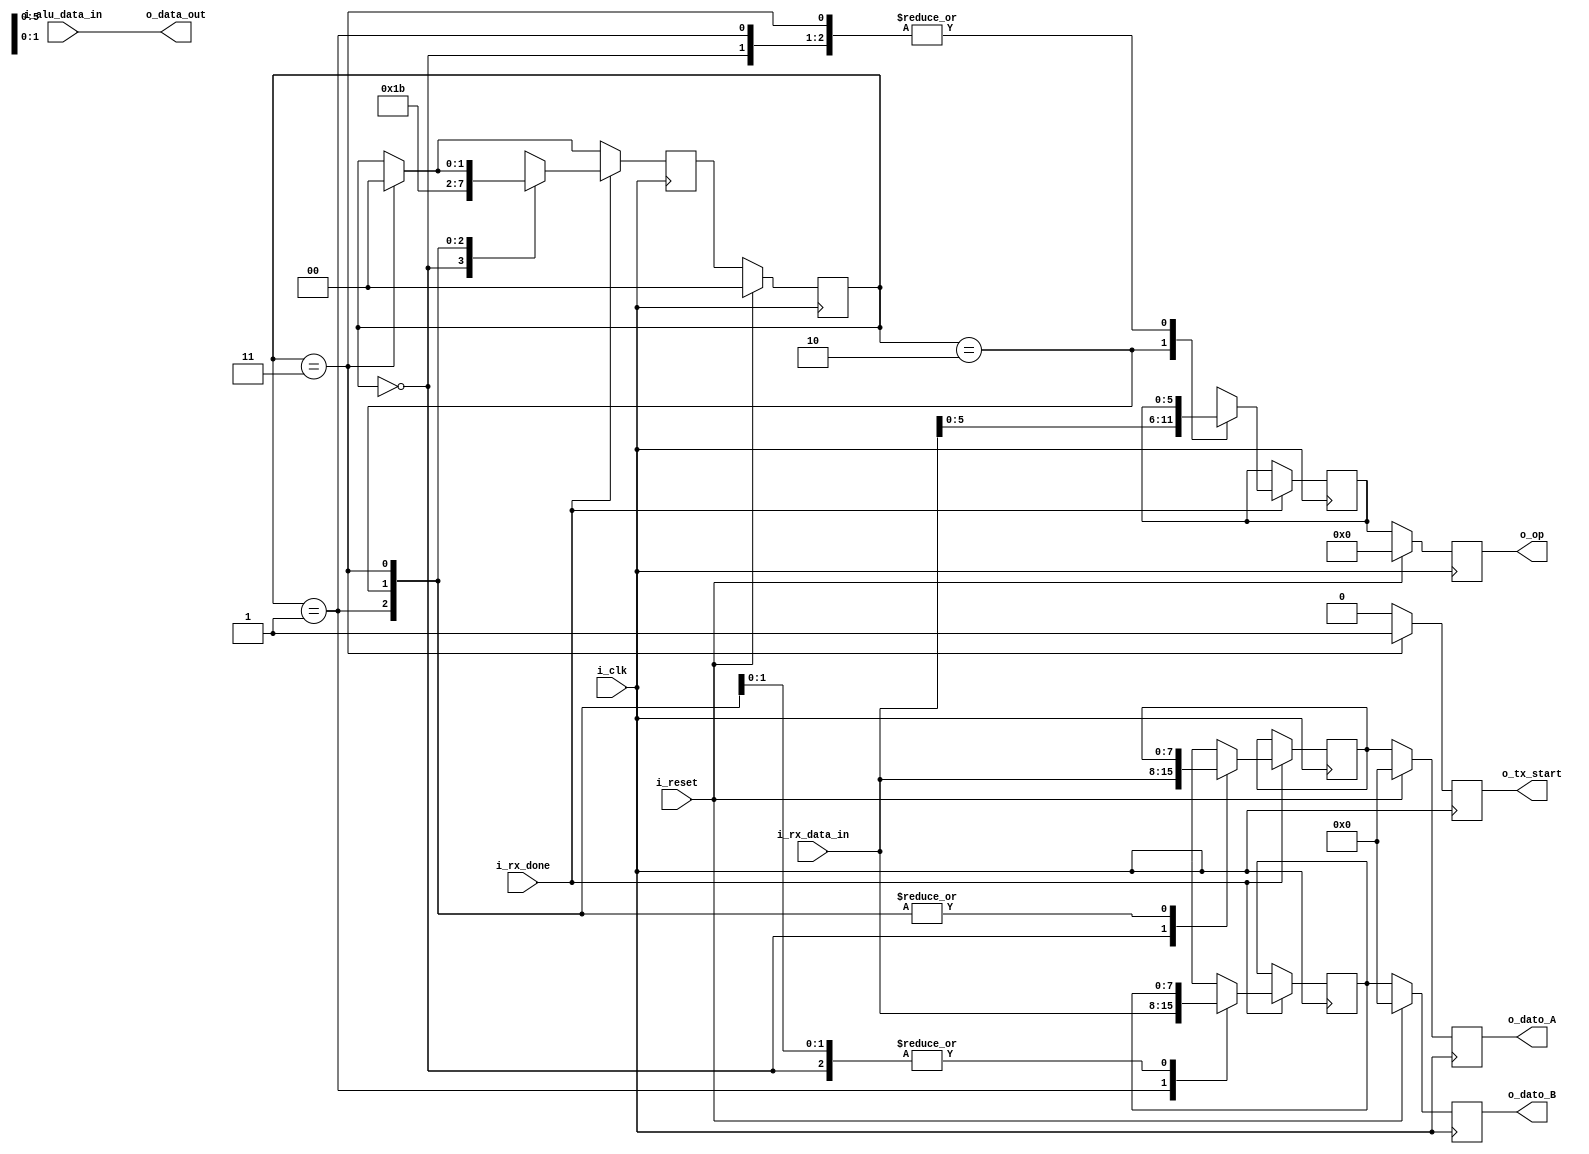
`timescale 1ns / 1ps

module interface
#(
    parameter DATA_BITS = 8,
    parameter OP_BITS   = 6 
 )
 (
    input wire                 i_clk, i_reset,
    input wire                 i_rx_done,
    input      [DATA_BITS-1:0] i_rx_data_in,  //el dato ingresado
    input      [DATA_BITS-1:0] i_alu_data_in, //el resultado de la ALU
    
    output reg [DATA_BITS-1:0] o_dato_A,
    output reg [DATA_BITS-1:0] o_dato_B,
    output reg [OP_BITS-1:0]   o_op,
    output reg                 o_tx_start,
    output     [DATA_BITS-1:0] o_data_out     //dato transmitido
 );
 
    //estados
    localparam [1:0] DATO_A   = 2'b00;
    localparam [1:0] DATO_B   = 2'b01;
    localparam [1:0] ID_OP    = 2'b10;
    localparam [1:0] SEND_RES = 3'b11;
    
    //registros para las transiciones
    reg [1:0]           state_reg, next_state;
    
    reg [DATA_BITS-1:0] dato_a    = {DATA_BITS {1'b0}};
    reg [DATA_BITS-1:0] dato_b    = {DATA_BITS {1'b0}};
    reg [OP_BITS-1:0]   operacion = {OP_BITS   {1'b0}};
    
    assign o_data_out = i_alu_data_in;
    
    always@(posedge i_clk) begin:states
        if(i_reset)
        begin
            state_reg  <= DATO_A;
            o_dato_A   <= {DATA_BITS {1'b0}};
            o_dato_B   <= {DATA_BITS {1'b0}};
            o_op       <= {OP_BITS   {1'b0}};
        end
        else
        begin
            state_reg  <= next_state;
            o_dato_A   <= dato_a;
            o_dato_B   <= dato_b;
            o_op       <= operacion;
        end
    end//states
        
    always @(posedge i_clk) begin:data
        next_state = state_reg;  
        
        o_tx_start = 1'b0;
        
        if(state_reg == SEND_RES)
        begin
            next_state  = DATO_A;
            o_tx_start  = 1'b1;
        end
            
        if(i_rx_done)
        begin              
            case(state_reg)
            DATO_A:
            begin
                dato_a   = i_rx_data_in;
                next_state = DATO_B;    
            end
                        
            DATO_B:
            begin
                dato_b   = i_rx_data_in;
                next_state = ID_OP;
            end
                        
            ID_OP:
            begin
                operacion  = i_rx_data_in;
                next_state = SEND_RES;
            end
            
            SEND_RES:;
            endcase
        end     
    end    
endmodule